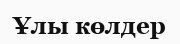
Ұлы көлдер